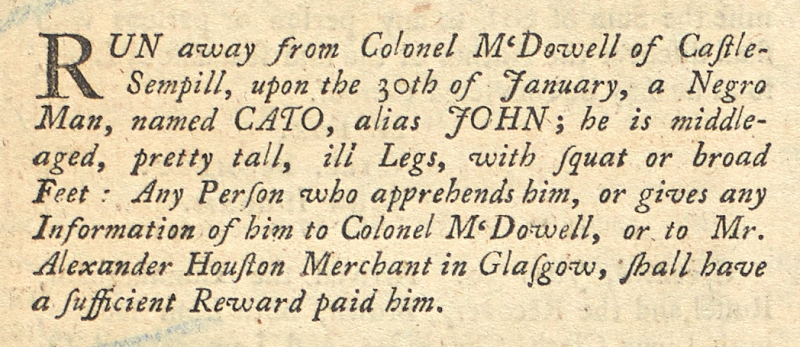
Glasgow Courant, 1 February 1748 (Scotland)
RUN away from Colonel McDowell of Castle-Sempill, upon the 30th of January, a Negro Man, named CATO, alias JOHN; he is middle-aged, pretty tall, ill Legs, with squat or broad Feet: Any Person who apprehends him, or gives any Information of him to Colonel McDowell, or to Mr. Alexander Houston Merchant in Glasgow, shall have a sufficient Reward paid him.